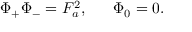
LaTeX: \Phi _ { + } \Phi _ { - } = F _ { a } ^ { 2 } , ~ ~ ~ ~ ~ \Phi _ { 0 } = 0 .